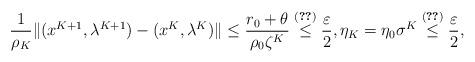
LaTeX: \begin{align*}\frac{1}{\rho_K}\|(x^{K+1},\lambda^{K+1})-(x^K,\lambda^K)\| \leq \frac{r_0+\theta}{\rho_0\zeta^K} \overset{\eqref{K}}{\leq} \frac{\varepsilon}{2}, \eta_K=\eta_0\sigma^K\overset{\eqref{K}}{\leq}\frac{\varepsilon}{2},\end{align*}